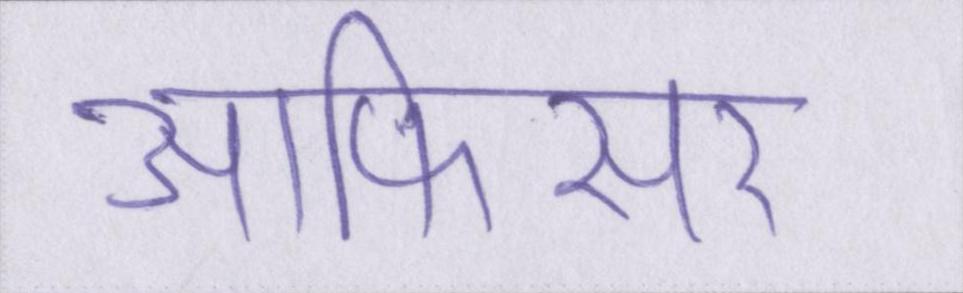
आफिसर